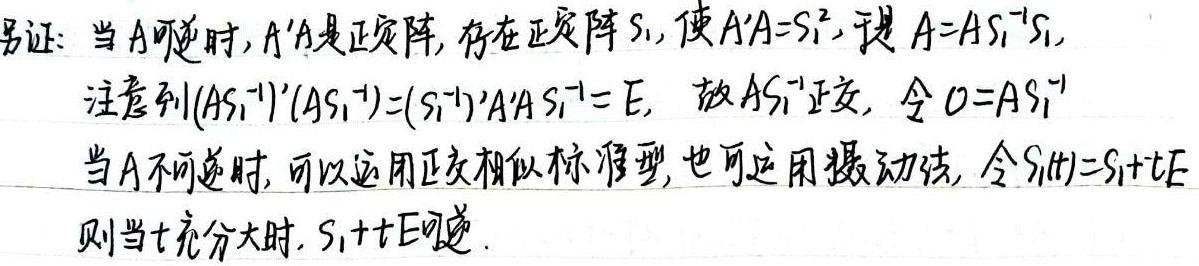
另证：当 \(A\) 可逆时，\(A'A\) 是正定阵，存在正定阵 \(S_1\)，使 \(A'A = S_1^2\)，于是 \(A = AS_1^{-1}S_1\)，注意到\((AS_1^{-1})'(AS_1^{-1})=(S_1^{-1})'A'AS_1^{-1}=E\)，故 \(AS_1^{-1}\) 正交，令 \(O = AS_1^{-1}\)。

当 \(A\) 不可逆时，可以运用正交相似标准型，也可运用摄动法，令 \(S_1(t)=S_1 + tE\)，则当 \(t\) 充分大时，\(S_1 + tE\) 可逆。